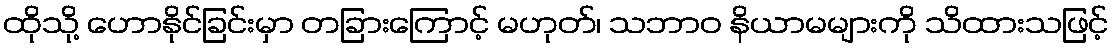
ထိုသို့ ဟောနိုင်ခြင်းမှာ တခြားကြောင့် မဟုတ်၊ သဘာဝ နိယာမများကို သိထားသဖြင့်